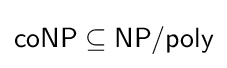
{\textsf {coNP}}\subseteq {\textsf {NP/poly}}